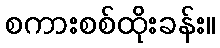
စကားစစ်ထိုးခန်း။